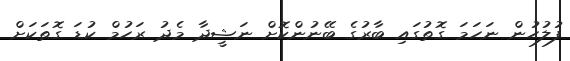
ފުލުހުން ނަހަމަ ގޮތުގައި ބާރުގެ ބޭނުންކޮށް ނަޝީދާ މެދު ރަހުމް ކުޑަ ގޮތަކަށް